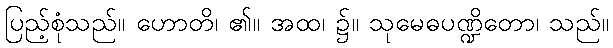
ပြည့်စုံသည်။ ဟောတိ၊ ၏။ အထ၊ ၌။ သုမေဓပဏ္ဍိတော၊ သည်။